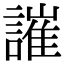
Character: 䜅